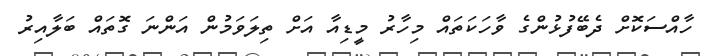
ހާއްސަކޮށް ދެބޭފުޅުންގެ ވާހަކަތައް މިހާރު މީޑިއާ އަށް ތިލަވަމުން އަންނަ ގޮތައް ބަލާއިރު